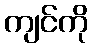
ကျင်ကို